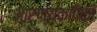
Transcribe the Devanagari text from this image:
आरण्यकांपैकी